Indian journal of veterinary science and animal husbandry - Volume 7,
Year: 1937
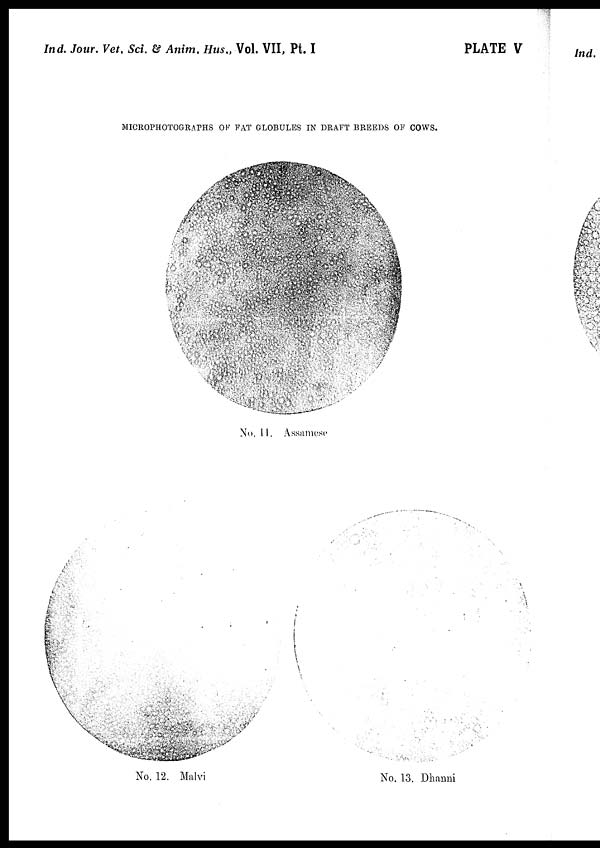
Ind. Jour. Vet, Sci. & Anim. Hus., Vol. VII, Pt. I
PLATE V
MICROPHOTOGRAPHS OF FAT GLOBULES IN DRAFT BREEDS OF COWS.
No. 11. Assamese
No. 12. Malvi
No. 13. Dhanni